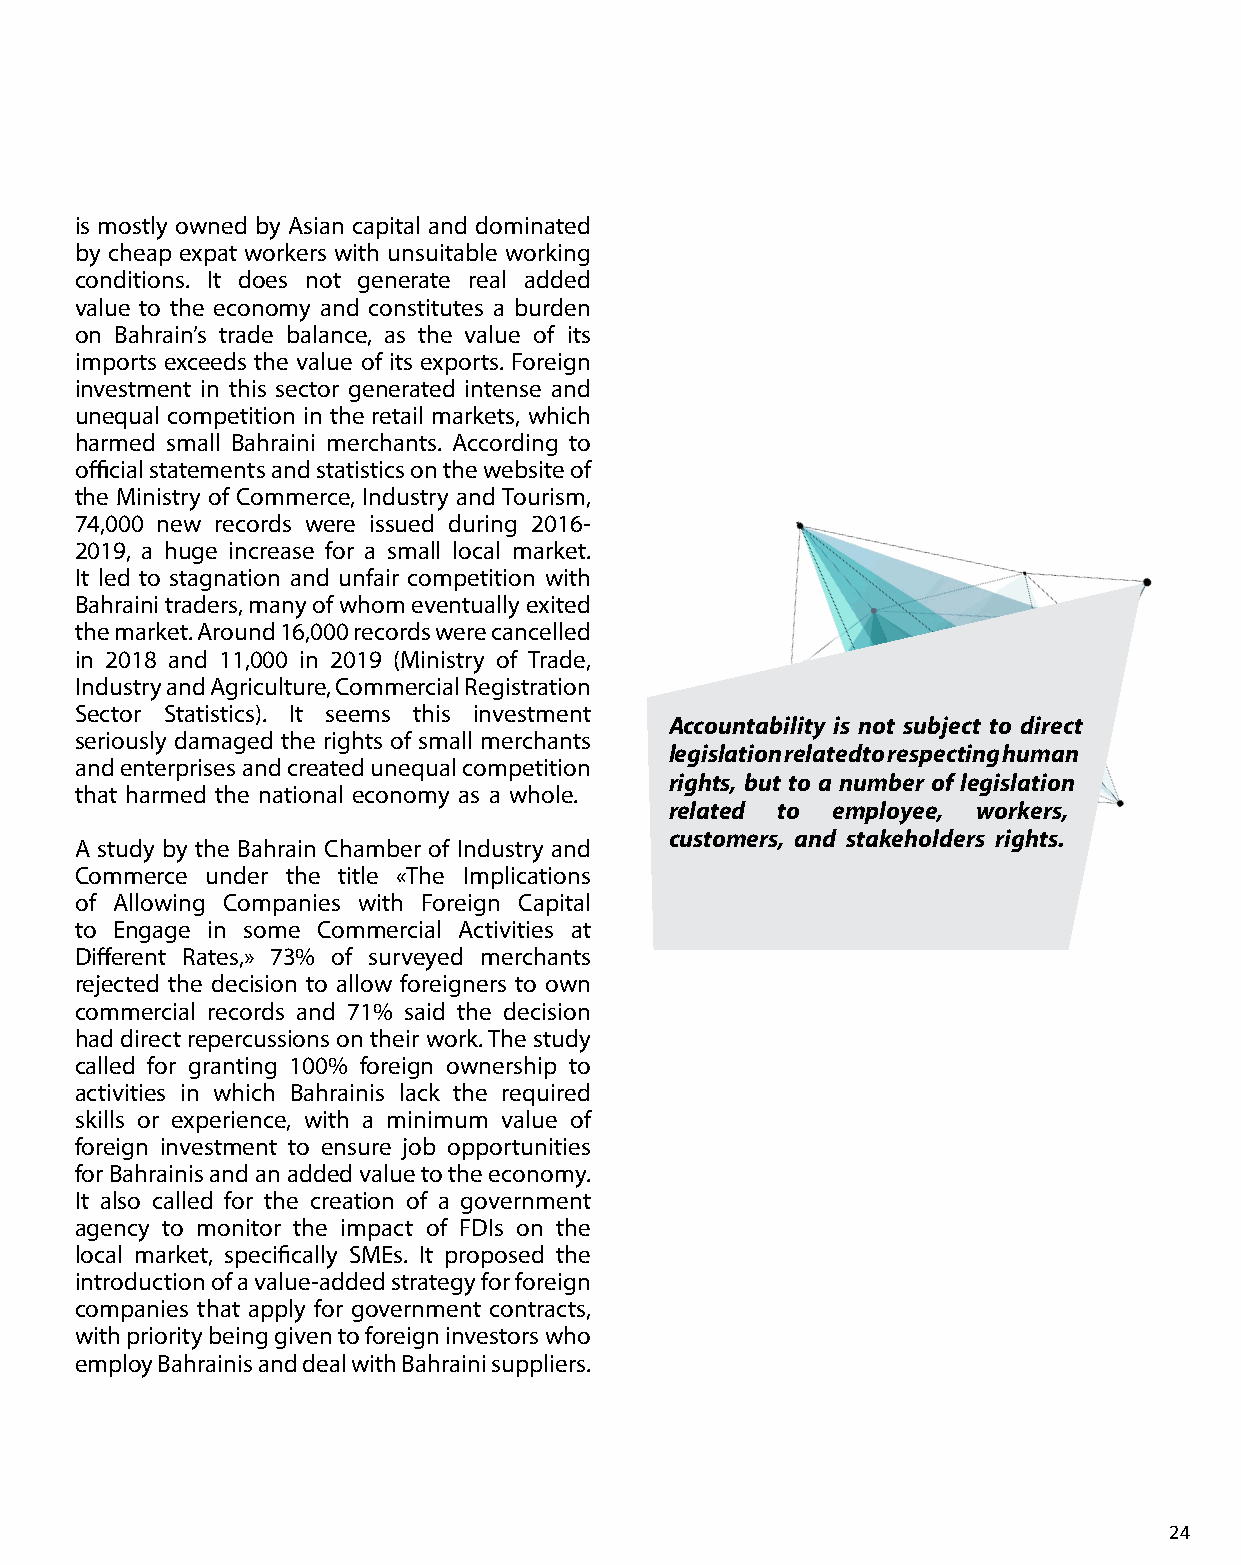
is mostly owned by Asian capital and dominated
 by cheap expat workers with unsuitable working
 conditions. It does not generate real added
 value to the economy and constitutes a burden
 on Bahrain’s trade balance, as the value of its
 imports exceeds the value of its exports. Foreign
 investment in this sector generated intense and
 unequal competition in the retail markets, which
 harmed small Bahraini merchants. According to
 official statements and statistics on the website of
 the Ministry of Commerce, Industry and Tourism,
 74,000 new records were issued during 2016-
 2019, a huge increase for a small local market.
 It led to stagnation and unfair competition with
 Bahraini traders, many of whom eventually exited
 the market. Around 16,000 records were cancelled
 in 2018 and 11,000 in 2019 (Ministry of Trade,
 Industry and Agriculture, Commercial Registration
 Sector Statistics). It seems this investment
 Accountability is not subject to direct
 seriously damaged the rights of small merchants
 legislation related to respecting human
 and enterprises and created unequal competition
 rights, but to a number of legislation
 that harmed the national economy as a whole.
 related to employee, workers,
 customers, and stakeholders rights.
 A study by the Bahrain Chamber of Industry and
 Commerce under the title «The Implications
 of Allowing Companies with Foreign Capital
 to Engage in some Commercial Activities at
 Different Rates,» 73% of surveyed merchants
 rejected the decision to allow foreigners to own
 commercial records and 71% said the decision
 had direct repercussions on their work. The study
 called for granting 100% foreign ownership to
 activities in which Bahrainis lack the required
 skills or experience, with a minimum value of
 foreign investment to ensure job opportunities
 for Bahrainis and an added value to the economy.
 It also called for the creation of a government
 agency to monitor the impact of FDIs on the
 local market, specifically SMEs. It proposed the
 introduction of a value-added strategy for foreign
 companies that apply for government contracts,
 with priority being given to foreign investors who
 employ Bahrainis and deal with Bahraini suppliers.
 24